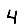
Digit: 4